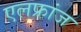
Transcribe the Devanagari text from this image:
एलफ्रांज